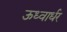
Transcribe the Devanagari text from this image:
ऊध्वार्धर